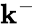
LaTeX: \mathbf{k}^{-}